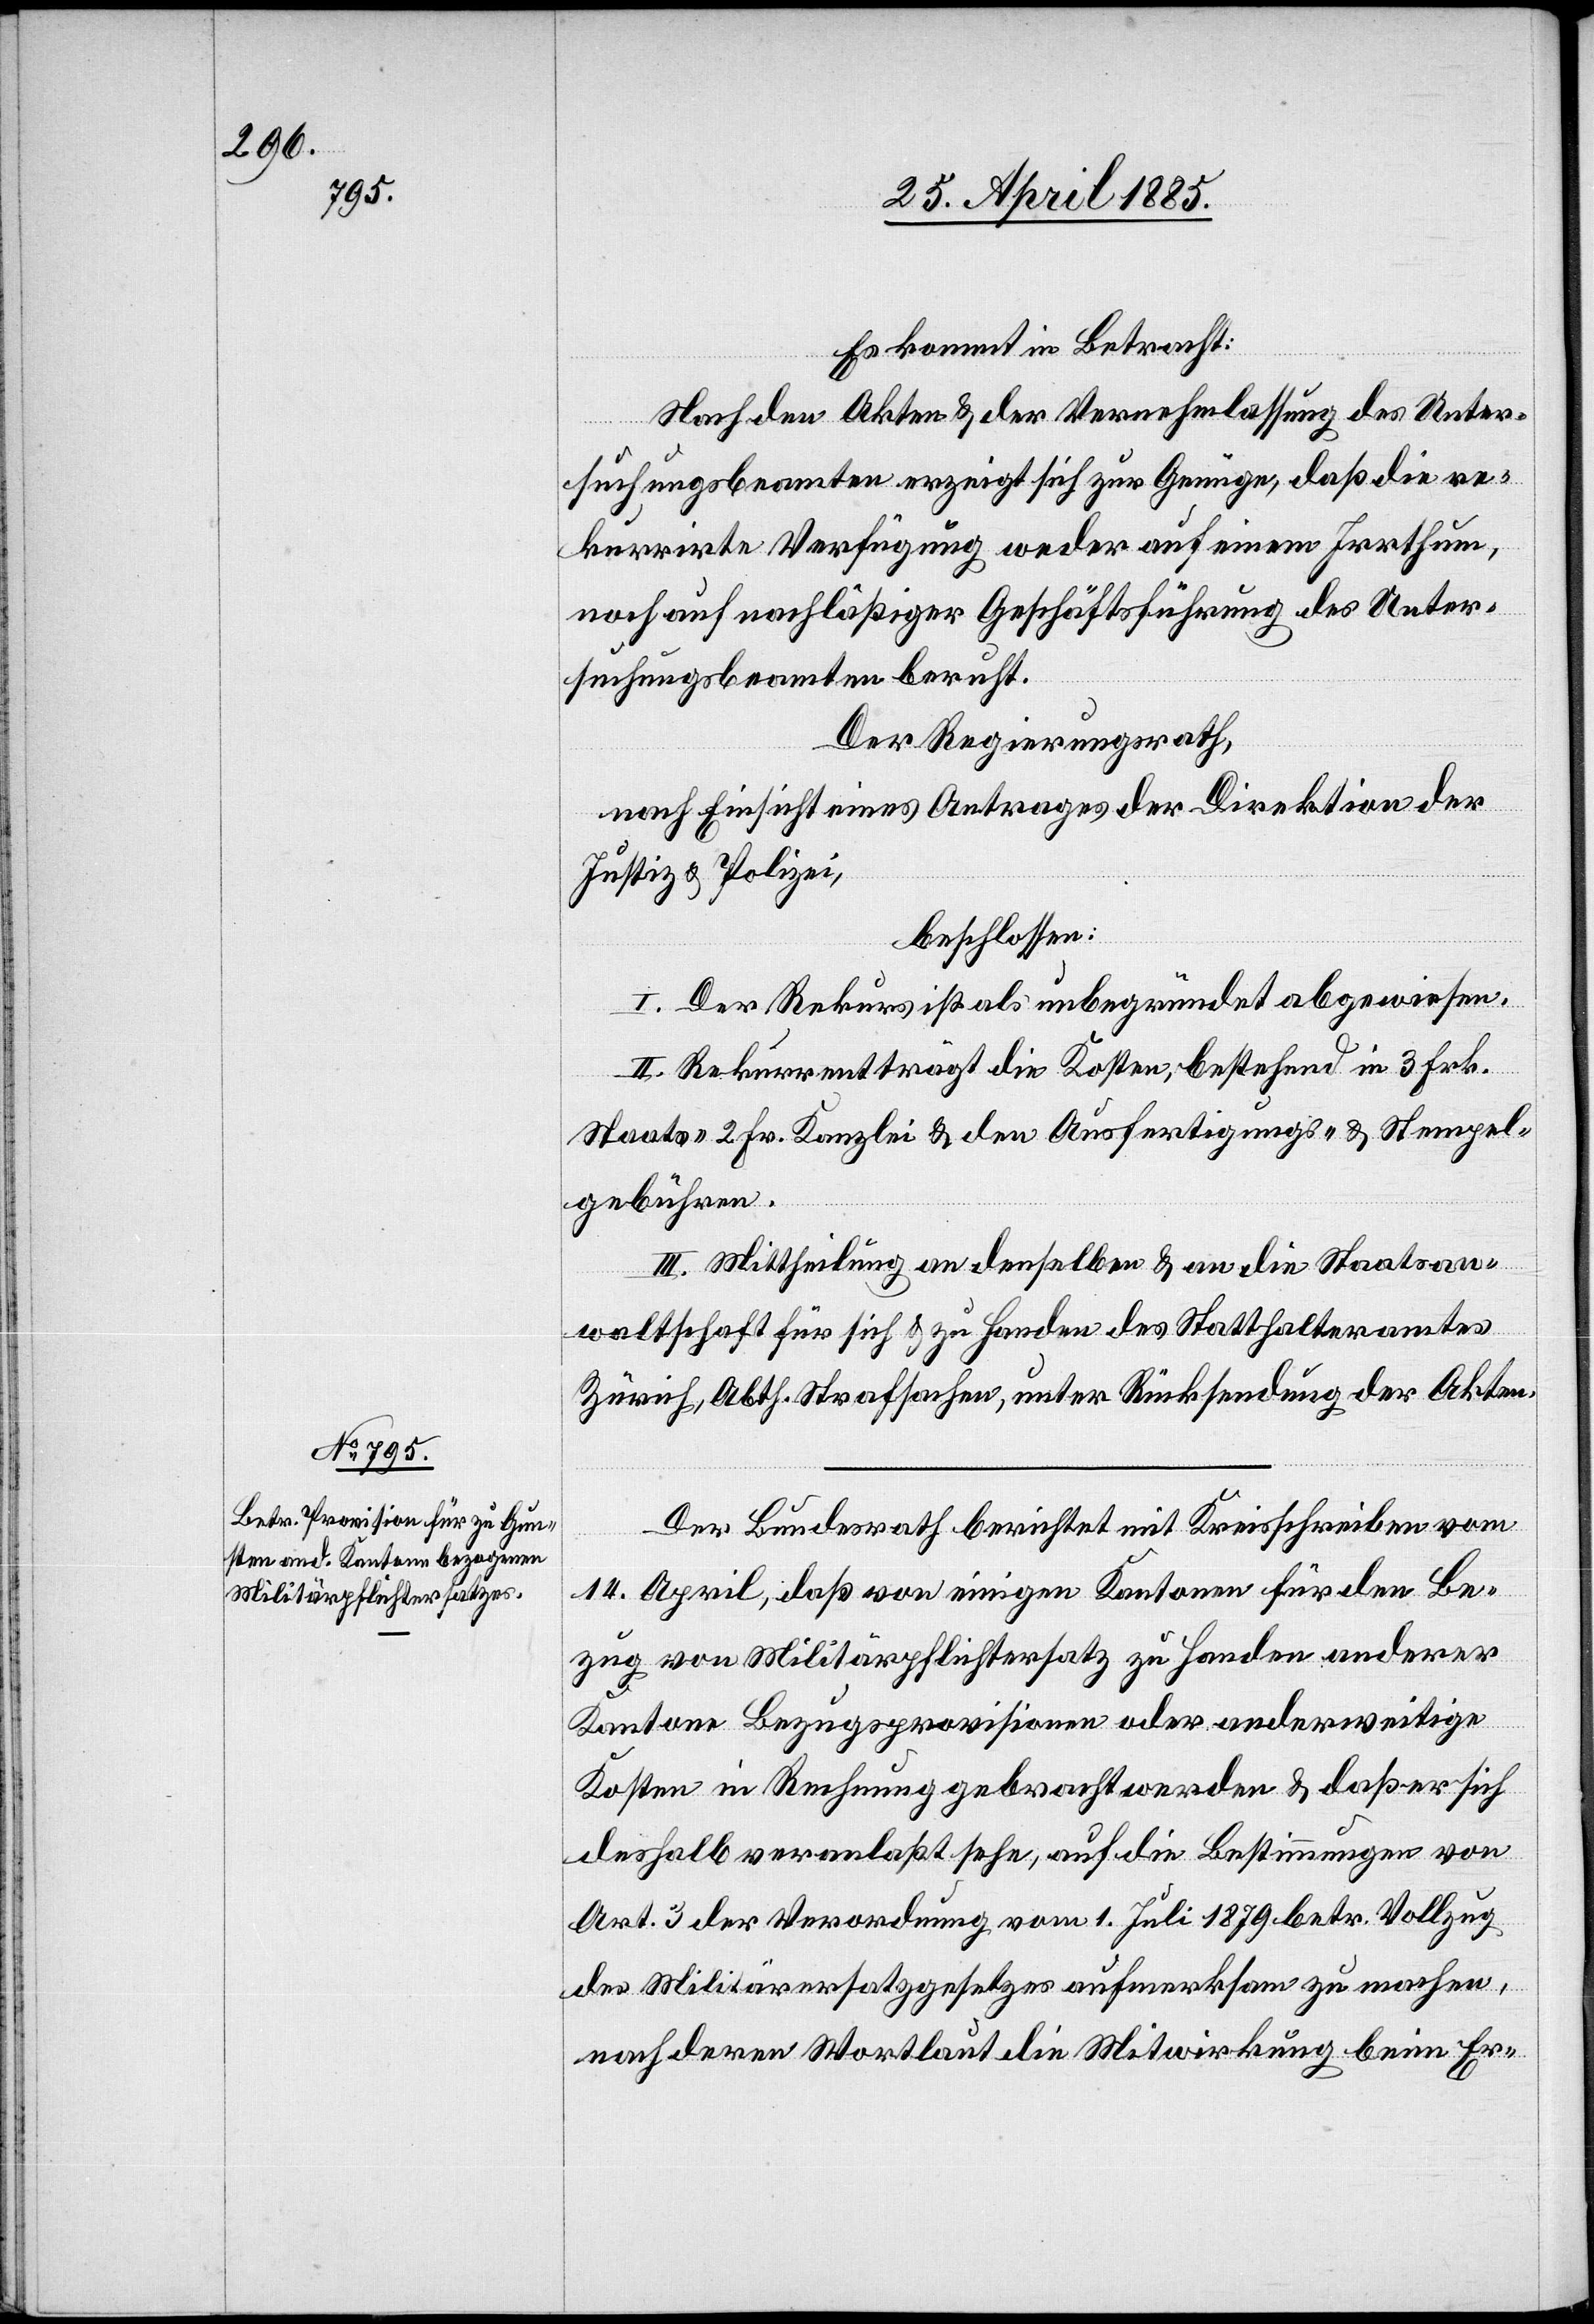
etzes

Militärpflichtersatzges¬

Es kommt in Betracht:
Nach den Akten & der Vernehmlassung des Unter¬
suchungsbeamten erzeigt sich zur Genüge, daß die re¬
kurrirte Verfügung weder auf einem Irrthum,
noch auf nachläßiger Geschäftsführung des Unter¬
suchungsbeamten beruht.
Der Regierungsrath,
nach Einsicht eines Antrages der Direktion der
Justiz & Polizei,
beschlossen:
I. Der Rekurs ist als unbegründet abgewiesen.
II. Rekurrent trägt die Kosten, bestehend in 3 Frk.
Staats-[,] 2 Fr. Kanzlei[-] & den Ausfertigungs- & Stempel¬
gebühren.
III. Mittheilung an denselben & an die Staatsan¬
waltschaft für sich & zu Handen des Statthalteramtes
Zürich, Abth. Strafsachen, unter Rücksendung der Akten.
Der Bundesrath berichtet mit Kreisschreiben vom
14. April, daß von einigen Kantonen für den Be¬
zug von Militärpflichtersatz zu Handen anderer
Kantone Bezugsprovisionen oder anderweitige
Kosten in Rechnung gebracht werden & daß er sich
deshalb veranlaßt sehe, auf die Bestimmungen von
Art. 3 der Verordnung vom 1. Juli 1879 betr. Vollzug
nach deren Wortlaut die Mitwirkung beim Er-